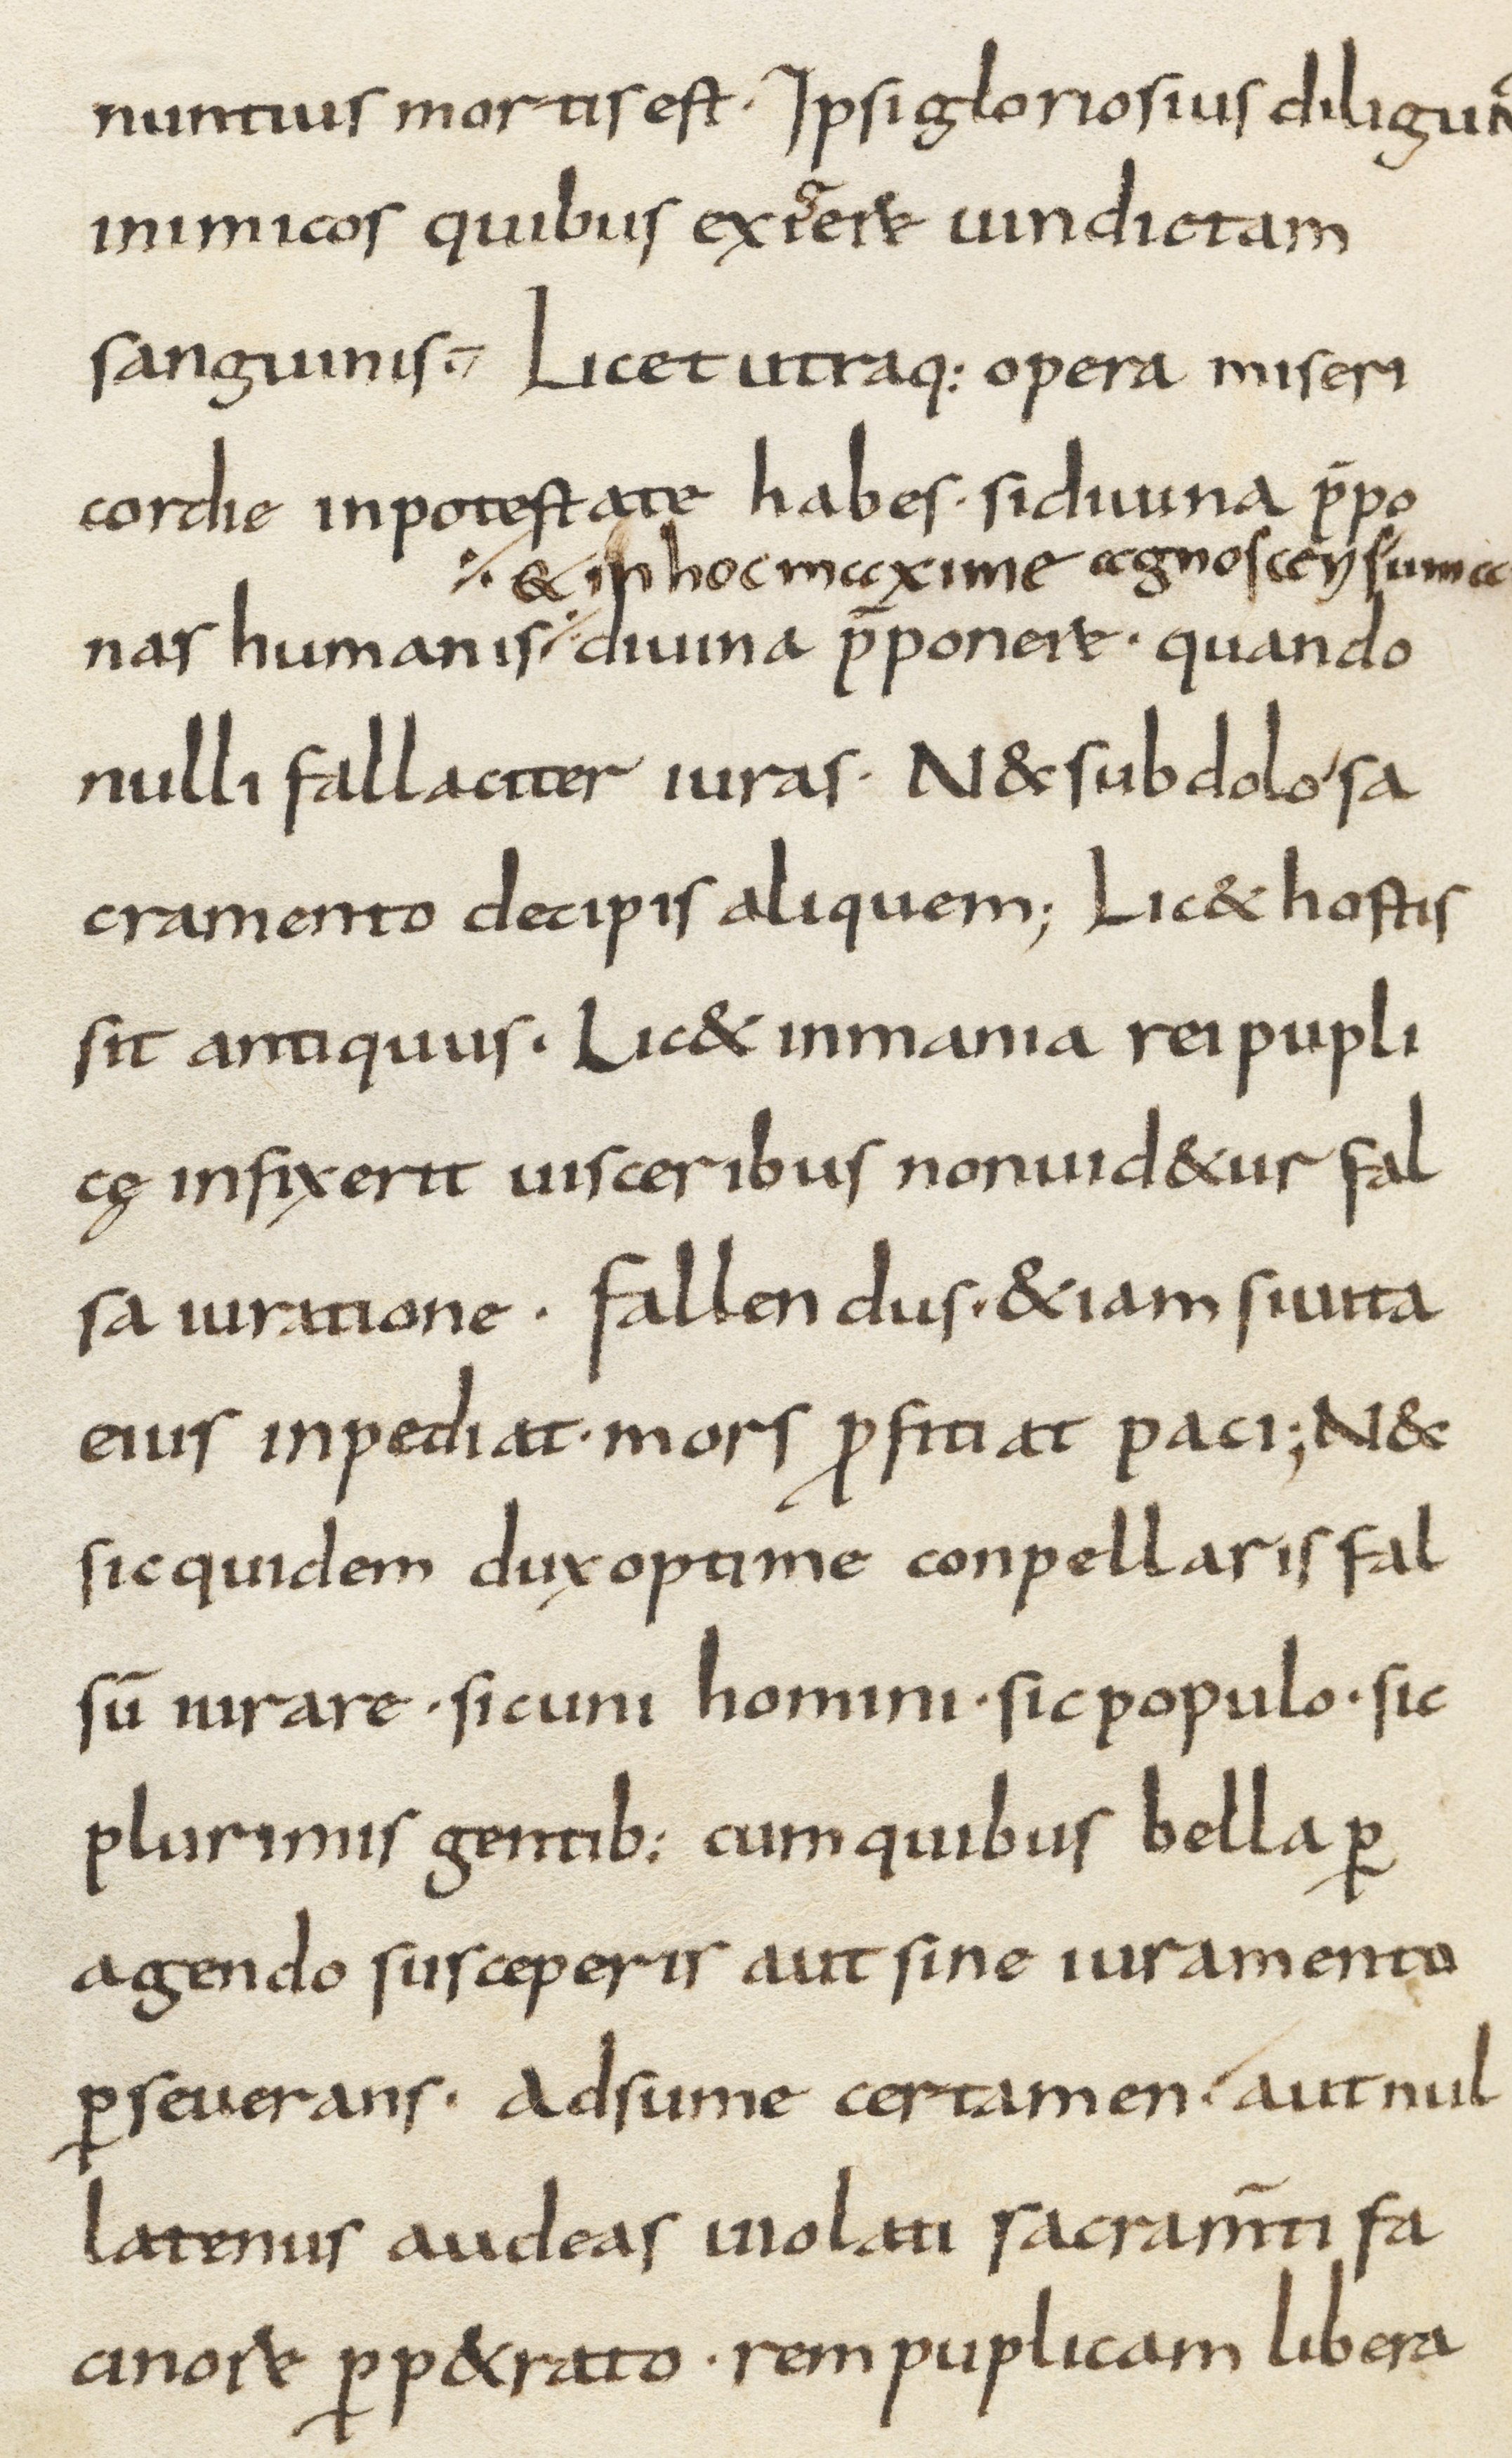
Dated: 800–899